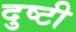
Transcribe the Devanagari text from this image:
दुष्टी